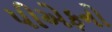
પીએફનો